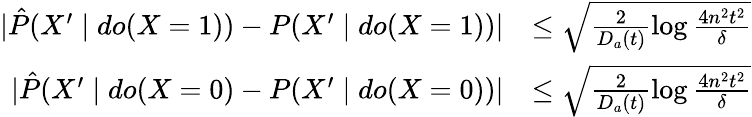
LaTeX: \begin{array}{rl}{|\hat{P}(X^{\prime}\mid do(X=1))-P(X^{\prime}\mid do(X=1))|}&{\le\sqrt{\frac{2}{D_{a}(t)}\log\frac{4n^{2}t^{2}}{\delta}}}\\ {|\hat{P}(X^{\prime}\mid do(X=0)-P(X^{\prime}\mid do(X=0))|}&{\le\sqrt{\frac{2}{D_{a}(t)}\log\frac{4n^{2}t^{2}}{\delta}}}\end{array}